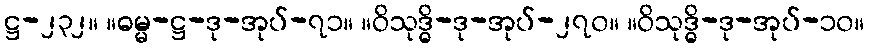
ဋ္ဌ-၂၃၂။ ။ဓမ္မ-ဋ္ဌ-ဒု-အုပ်-၇၁။ ။ဝိသုဒ္ဓိ-ဒု-အုပ်-၂၇၀။ ။ဝိသုဒ္ဓိ-ဒု-အုပ်-၁၀။